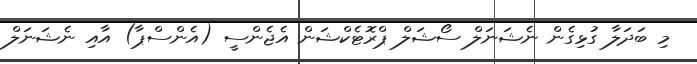
މި ބަދަލާ ގުޅިގެން ނެޝަނަލް ސޯޝަލް ޕްރޮޓެކްޝަން އެޖެންސީ (އެންސްޕާ) އާއި ނެޝަނަލް